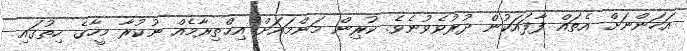
އަހަންނަށް އެތައް ފާފައަކުން ދުރުވެވުނެވެ. ކުރިން މަންމައަށް އިޙްތިރާމެއް ނުކުރާ މީހާގެ ހިތުގައި